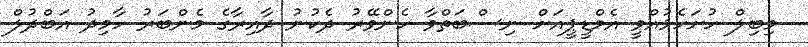
މިބިލް ހުށަހެޅުއްވީ އެމްޑީޕީއަށް ނިސްބަތްވާ ހެންވޭރު ދެކުނު ދާއިރާގެ މެންބަރު ހާމިދު އަބްދުލް